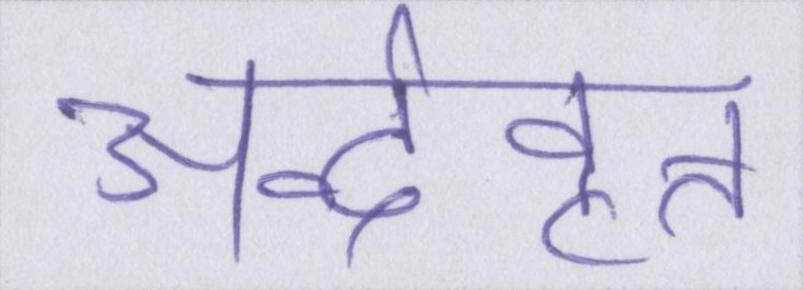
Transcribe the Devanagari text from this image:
अर्द्ववृत्त